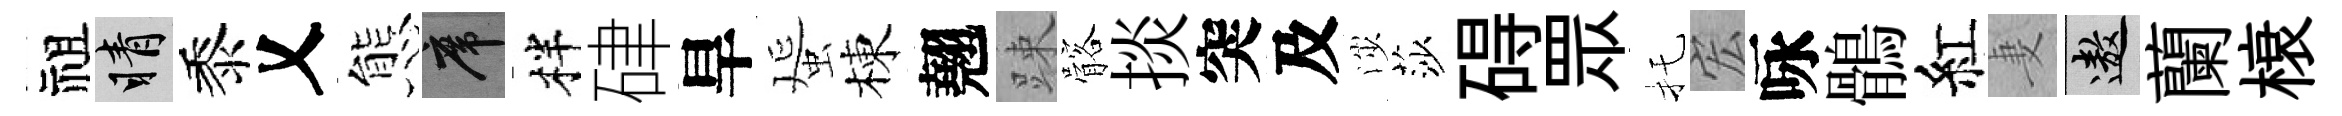
祖睛黍乂態席柈硉旱蜑棟翹踈髂掞突及渉莎碍眾托宏咏鶻紅妻遨蘭榱